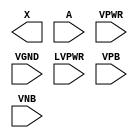
module sky130_fd_sc_hvl__lsbufhv2lv_simple (
    X    ,
    A    ,
    VPWR ,
    VGND ,
    LVPWR,
    VPB  ,
    VNB
);

    output X    ;
    input  A    ;
    input  VPWR ;
    input  VGND ;
    input  LVPWR;
    input  VPB  ;
    input  VNB  ;
endmodule